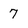
Character: 7